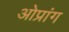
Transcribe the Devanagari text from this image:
ओप्रांग